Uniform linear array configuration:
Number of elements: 64
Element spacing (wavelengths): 0.5
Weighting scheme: hamming
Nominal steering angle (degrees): -15
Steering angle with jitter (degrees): -16.02
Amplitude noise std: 0.05
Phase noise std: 0.05

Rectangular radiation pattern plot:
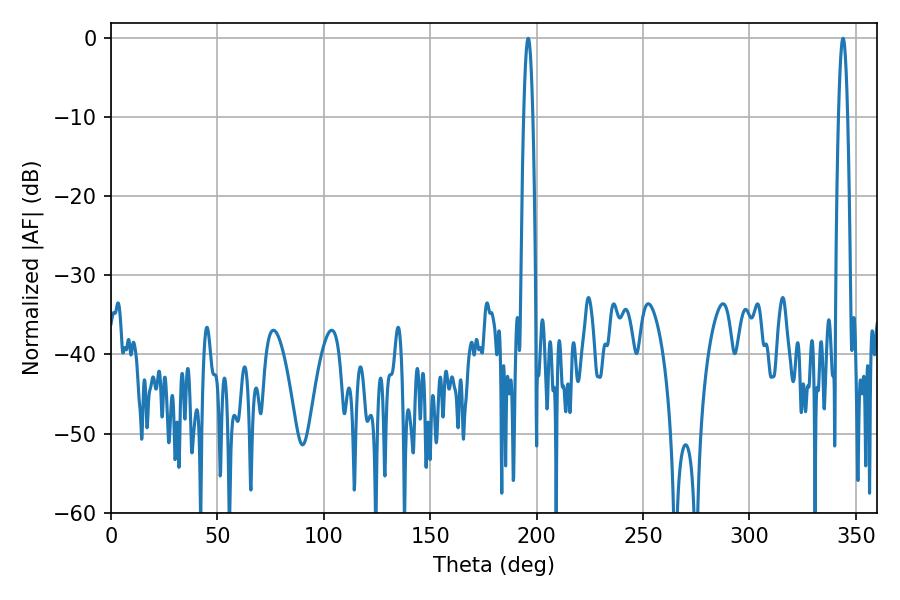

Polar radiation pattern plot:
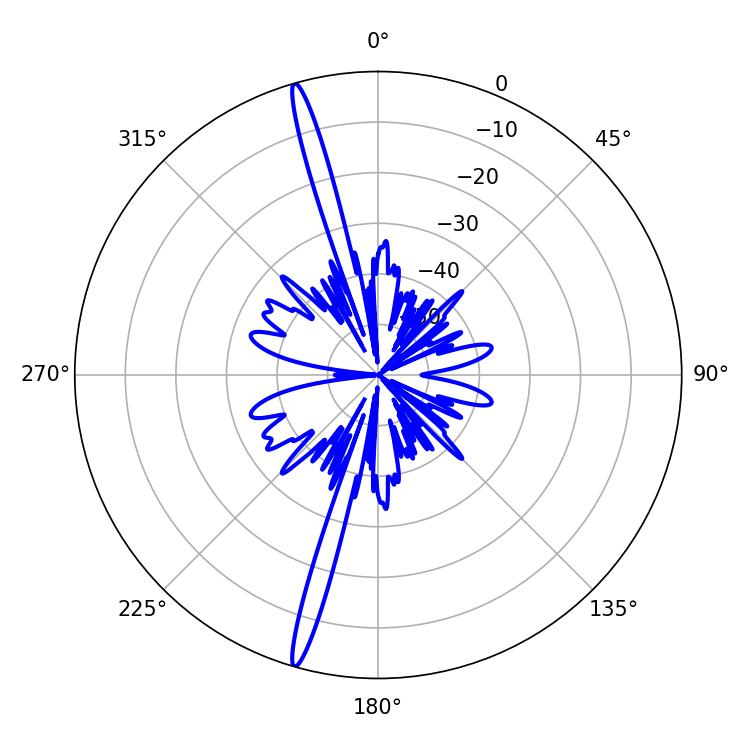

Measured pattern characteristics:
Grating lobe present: FALSE
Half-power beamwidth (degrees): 2.16
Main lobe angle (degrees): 196.02